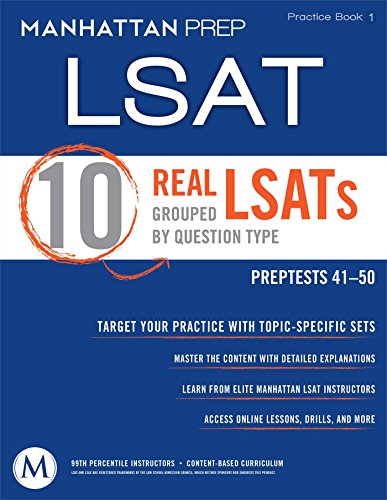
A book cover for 10 Real LSATs Grouped by Question Type; Manhattan Prep; Test Preparation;